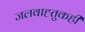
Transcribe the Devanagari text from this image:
जलवाह्तुकही